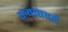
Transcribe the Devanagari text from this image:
सन्यासधर्म